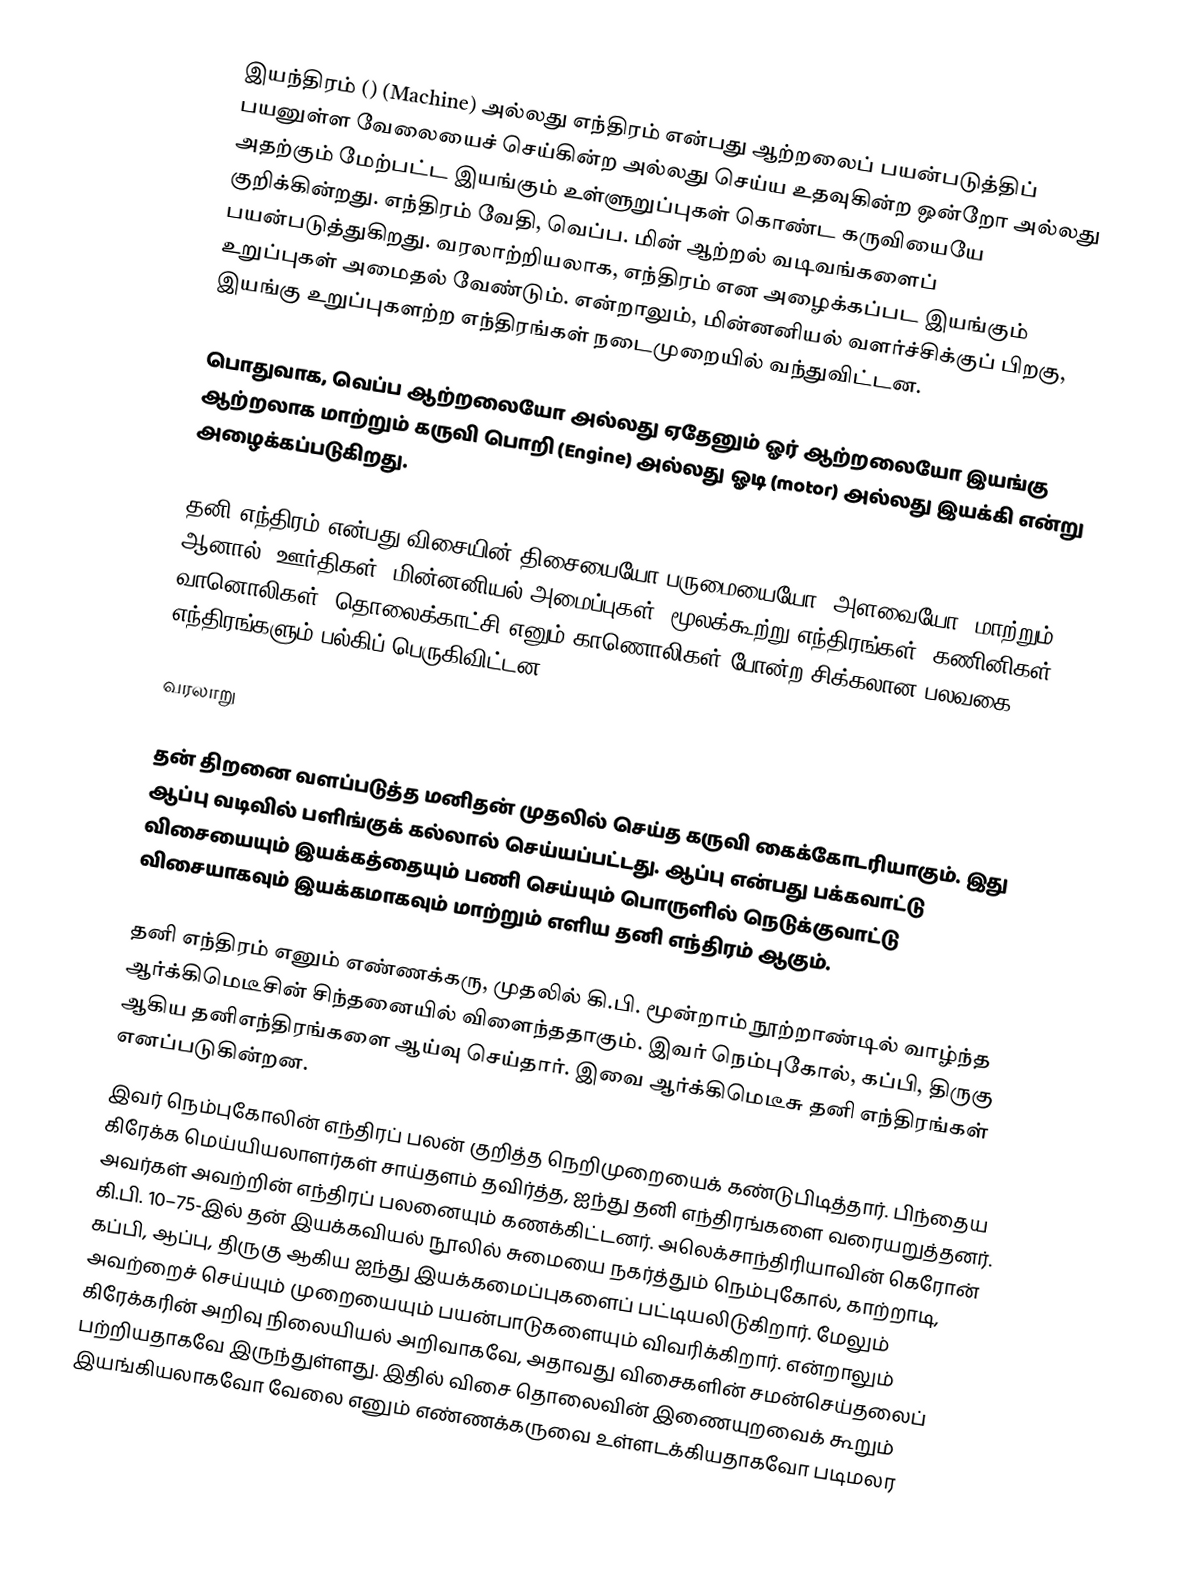
இயந்திரம் () (Machine)  அல்லது எந்திரம் என்பது  ஆற்றலைப் பயன்படுத்திப் பயனுள்ள வேலையைச் செய்கின்ற அல்லது செய்ய உதவுகின்ற ஒன்றோ அல்லது அதற்கும் மேற்பட்ட இயங்கும் உள்ளுறுப்புகள் கொண்ட கருவியையே குறிக்கின்றது. எந்திரம் வேதி, வெப்ப. மின் ஆற்றல் வடிவங்களைப் பயன்படுத்துகிறது. வரலாற்றியலாக, எந்திரம் என அழைக்கப்பட இயங்கும் உறுப்புகள் அமைதல் வேண்டும். என்றாலும், மின்னனியல் வளர்ச்சிக்குப் பிறகு, இயங்கு உறுப்புகளற்ற எந்திரங்கள் நடைமுறையில் வந்துவிட்டன.

பொதுவாக, வெப்ப ஆற்றலையோ அல்லது ஏதேனும் ஓர் ஆற்றலையோ  இயங்கு ஆற்றலாக  மாற்றும் கருவி பொறி (Engine) அல்லது ஓடி (motor) அல்லது இயக்கி என்று அழைக்கப்படுகிறது.

தனி எந்திரம் என்பது விசையின் திசையையோ பருமையையோ (அளவையோ) மாற்றும். ஆனால், ஊர்திகள், மின்னனியல் அமைப்புகள், மூலக்கூற்று எந்திரங்கள், கணினிகள், வானொலிகள், தொலைக்காட்சி எனும் காணொலிகள் போன்ற சிக்கலான  பலவகை எந்திரங்களும் பல்கிப் பெருகிவிட்டன.

வரலாறு

தன் திறனை வளப்படுத்த மனிதன் முதலில் செய்த கருவி கைக்கோடரியாகும். இது ஆப்பு வடிவில் பளிங்குக் கல்லால் செய்யப்பட்டது. ஆப்பு என்பது பக்கவாட்டு விசையையும் இயக்கத்தையும் பணி செய்யும் பொருளில் நெடுக்குவாட்டு விசையாகவும் இயக்கமாகவும் மாற்றும் எளிய தனி எந்திரம் ஆகும்.

தனி எந்திரம் எனும் எண்ணக்கரு, முதலில் கி.பி. மூன்றாம் நூற்றாண்டில் வாழ்ந்த ஆர்க்கிமெடீசின் சிந்தனையில் விளைந்ததாகும்.  இவர் நெம்புகோல், கப்பி, திருகு ஆகிய தனிஎந்திரங்களை ஆய்வு செய்தார். இவை ஆர்க்கிமெடீசு தனி எந்திரங்கள் எனப்படுகின்றன.
  இவர் நெம்புகோலின் எந்திரப் பலன் குறித்த நெறிமுறையைக் கண்டுபிடித்தார்.  பிந்தைய கிரேக்க மெய்யியலாளர்கள் சாய்தளம் தவிர்த்த, ஐந்து தனி எந்திரங்களை வரையறுத்தனர். அவர்கள் அவற்றின் எந்திரப் பலனையும் கணக்கிட்டனர். அலெக்சாந்திரியாவின் கெரோன் கி.பி. 10–75-இல் தன் இயக்கவியல் நூலில் சுமையை நகர்த்தும் நெம்புகோல், காற்றாடி, கப்பி, ஆப்பு, திருகு ஆகிய ஐந்து இயக்கமைப்புகளைப் பட்டியலிடுகிறார். மேலும் அவற்றைச் செய்யும் முறையையும் பயன்பாடுகளையும் விவரிக்கிறார்.  என்றாலும் கிரேக்கரின் அறிவு நிலையியல் அறிவாகவே, அதாவது விசைகளின் சமன்செய்தலைப் பற்றியதாகவே இருந்துள்ளது. இதில் விசை தொலைவின் இணையுறவைக் கூறும் இயங்கியலாகவோ வேலை எனும் எண்ணக்கருவை உள்ளடக்கியதாகவோ படிமலர